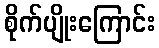
စိုက်ပျိုးကြောင်း